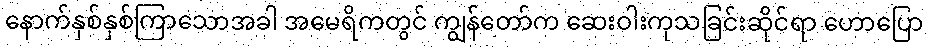
နောက်နှစ်နှစ်ကြာသောအခါ အမေရိကတွင် ကျွန်တော်က ဆေးဝါးကုသခြင်းဆိုင်ရာ ဟောပြော